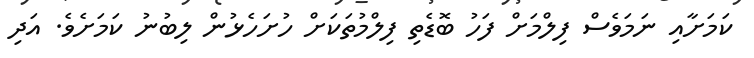
ކަމަށާއި ނަމަވެސް ފިލްމަށް ފަހު ބޮޑެތި ފިލްމުތަކަށް ހުށަހެޅުން ލިބުނު ކަމަށެވެ. އަދި